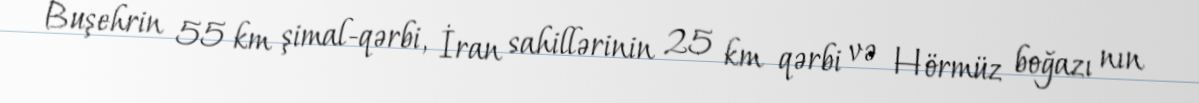
Buşehrin 55 km şimal-qərbi, İran sahillərinin 25 km qərbi və Hörmüz boğazı nın